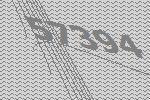
57394